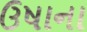
ઉષાના